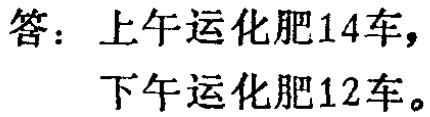
答：上午运化肥14车，
下午运化肥12车。